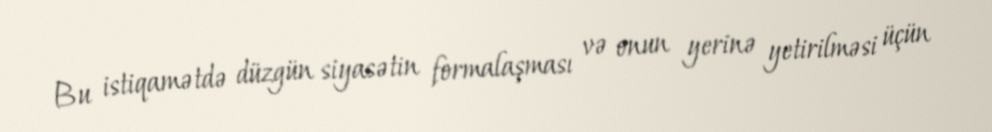
Bu istiqamətdə düzgün siyasətin formalaşması və onun yerinə yetirilməsi üçün